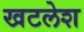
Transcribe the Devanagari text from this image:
खटलेश